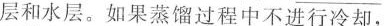
层和水层。如果蒸馏过程中不进行冷却，